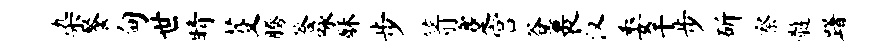
染餐甸世睛芟腾答咏酥步箭蹇宫谷裹汉委干步斫察髓躇